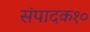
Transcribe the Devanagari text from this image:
संपादक१०